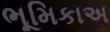
ભૂમિકાઅ